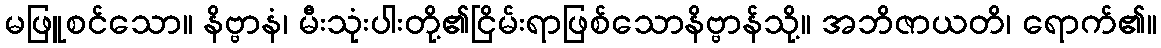
မဖြူစင်သော။ နိဗ္ဗာနံ၊ မီးသုံးပါးတို့၏ငြိမ်းရာဖြစ်သောနိဗ္ဗာန်သို့။ အဘိဇာယတိ၊ ရောက်၏။